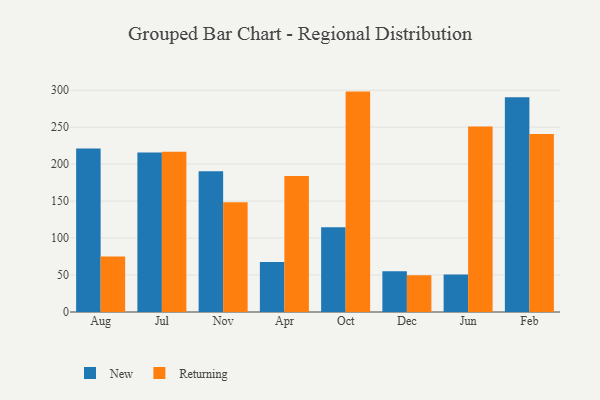
{"axis": {"x": "Month", "y": "Shipments"}, "legend": ["New", "Returning"], "data": [{"x": "Aug", "y": 221.3, "type": "New"}, {"x": "Aug", "y": 75.0, "type": "Returning"}, {"x": "Jul", "y": 215.7, "type": "New"}, {"x": "Jul", "y": 216.8, "type": "Returning"}, {"x": "Nov", "y": 190.4, "type": "New"}, {"x": "Nov", "y": 148.6, "type": "Returning"}, {"x": "Apr", "y": 67.7, "type": "New"}, {"x": "Apr", "y": 184.1, "type": "Returning"}, {"x": "Oct", "y": 114.6, "type": "New"}, {"x": "Oct", "y": 298.1, "type": "Returning"}, {"x": "Dec", "y": 55.2, "type": "New"}, {"x": "Dec", "y": 49.7, "type": "Returning"}, {"x": "Jun", "y": 50.6, "type": "New"}, {"x": "Jun", "y": 250.8, "type": "Returning"}, {"x": "Feb", "y": 290.4, "type": "New"}, {"x": "Feb", "y": 240.8, "type": "Returning"}]}